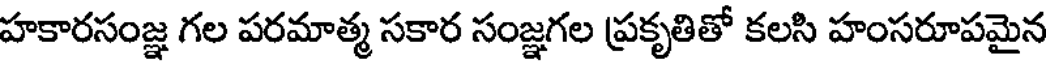
హకారసంజ్ఞ గల పరమాత్మ సకార సంజ్ఞగల ప్రకృతితో కలసి హంసరూపమైన